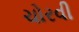
ચોરવી